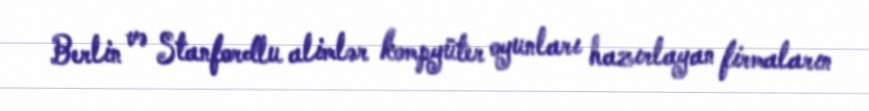
Berlin və Stanfordlu alimlər kompyüter oyunları hazırlayan firmaların